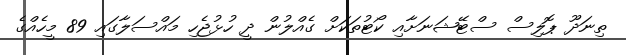
ތިނަދޫ ޕޮލިސް ސްޓޭޝަނަށާއި ކޯޓުތަކަށް ގެއްލުން ދީ ހުޅުޖެހި މަައްސަލާގައި 89 މީހެއްގެ